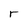
Character: r